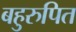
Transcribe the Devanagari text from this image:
बहुरुपित